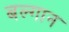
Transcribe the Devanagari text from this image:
बल्गान